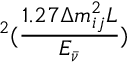
^ 2 ( \frac { 1 . 2 7 \Delta m _ { i j } ^ { 2 } L } { E _ { \bar { \nu } } } )